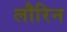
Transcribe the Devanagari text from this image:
लौरिन